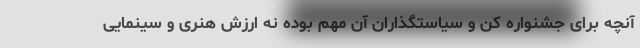
آنچه برای جشنواره کن و سیاستگذاران آن مهم بوده نه ارزش هنری و سینمایی